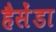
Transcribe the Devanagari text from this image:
हैसेंडा